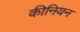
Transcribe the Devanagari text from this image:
कीनियन